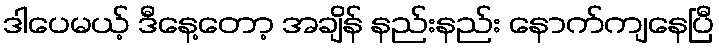
ဒါပေမယ့် ဒီနေ့တော့ အချိန် နည်းနည်း နောက်ကျနေပြီ